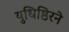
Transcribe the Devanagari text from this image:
युधिष्ठिरने